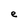
Character: e